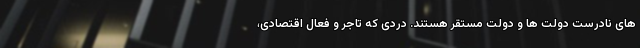
های نادرست دولت ها و دولت مستقر هستند. دردی که تاجر و فعال اقتصادی،